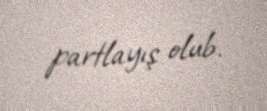
partlayış olub.